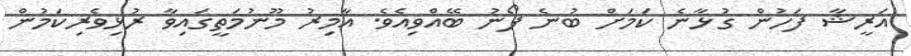
އަރީޝާ ފަހުން ގުޅާނެ ކަމަށް ބުނެ ފޯނު ބޭއްވިއެވެ. އާމިރު މޫނުމަތީގައިވާ ރުޅިވެރިކަމުން